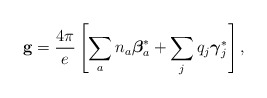
\begin{align*}{\bf g} = {4\pi \over e} \left[\sum_{a} n_a {\mbox{\boldmath $\beta$}}_a^* + \sum_{j} q_j {\mbox{\boldmath $\gamma$}}_j^* \right],\end{align*}